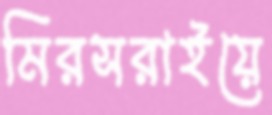
মিরসরাইয়ে